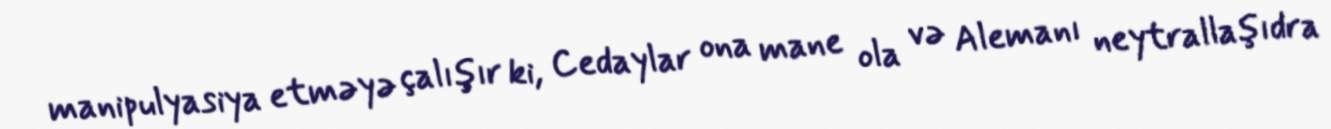
manipulyasiya etməyə çalışır ki, Cedaylar ona mane ola və Alemanı neytrallaşıdra